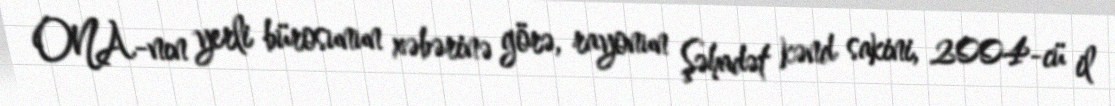
ONA-nın yerli bürosunun xəbərinə görə, rayonun Şəhadət kənd sakini, 2004-cü il